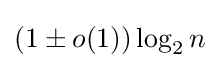
(1\pm o(1))\log _{2}n